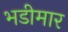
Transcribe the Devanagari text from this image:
भडीमार